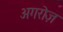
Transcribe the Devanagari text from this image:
अगरोज़